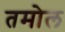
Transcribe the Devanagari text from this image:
तमोल